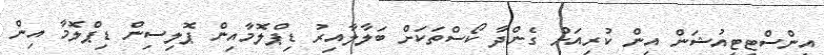
އިންސްޓިޓިއުޝަން އިން ކުރިއަށް ގެންދާ ކޯސްތަކަށް ބަލާލާއިރު ޑިޕްލޮމާއިން ޕޮލިސިން ޑިޕްލޮމާ އިން